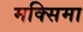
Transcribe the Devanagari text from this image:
मक्सिमा